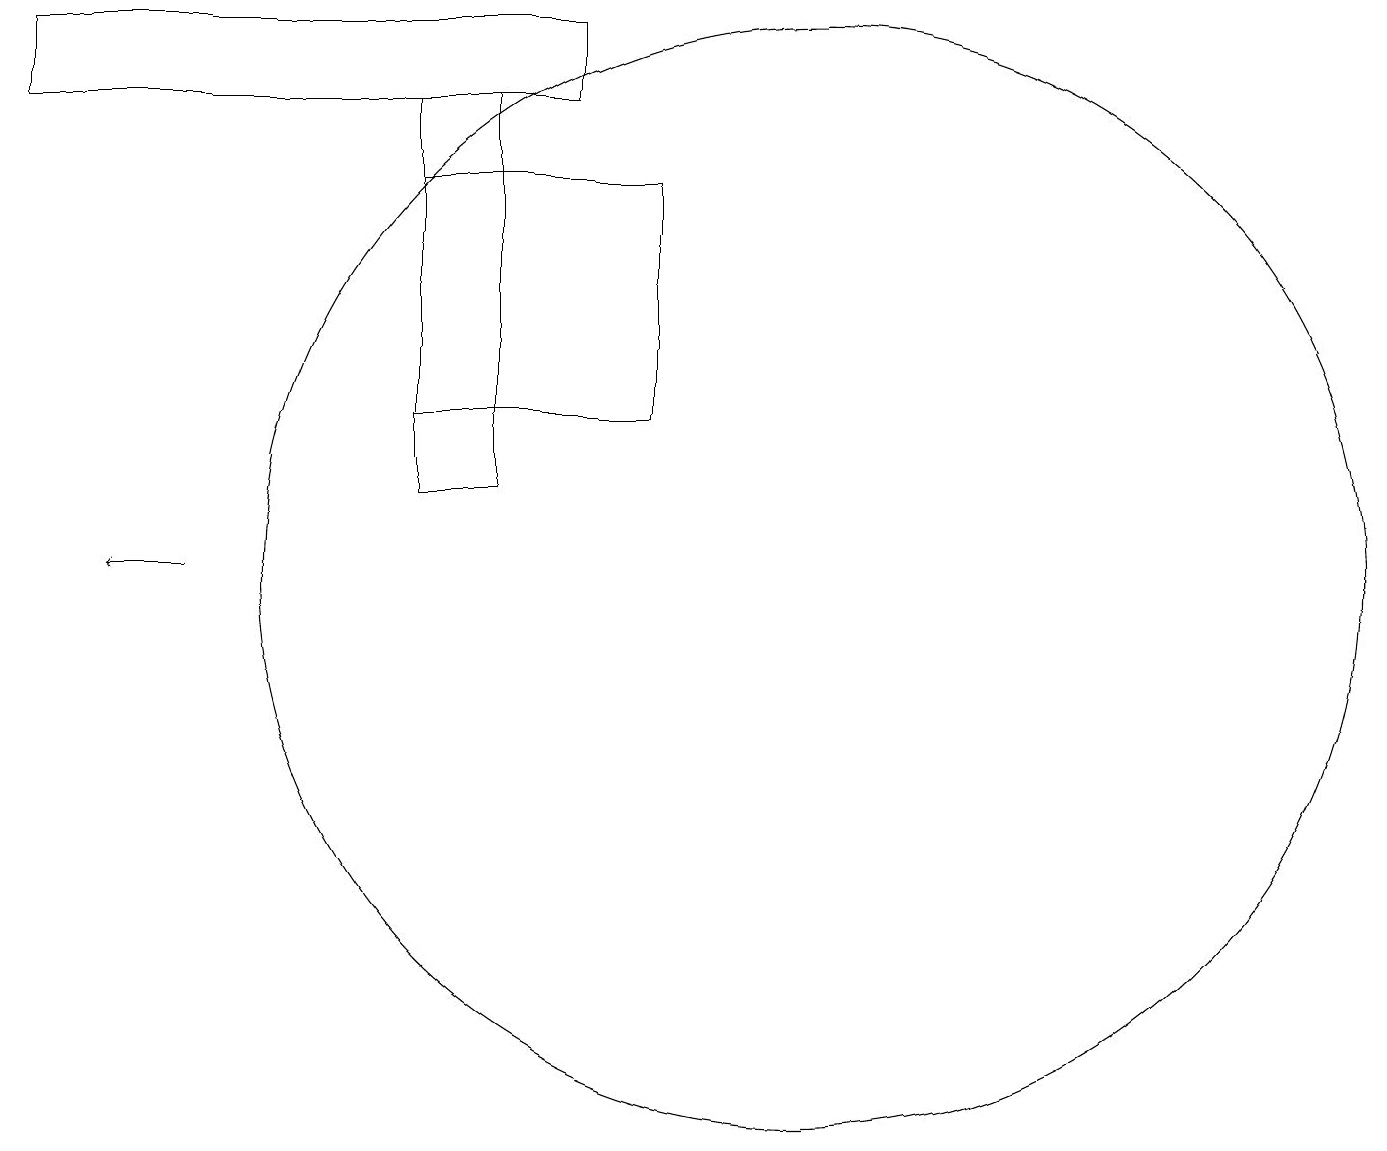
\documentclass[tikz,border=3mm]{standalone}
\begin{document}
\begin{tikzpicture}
\draw (9,14) rectangle (6,17);
\draw (8,18) rectangle (1,19);
\draw (11,12) circle (7);
\draw[->] (3,12) -- (2,12);
\draw (6,13) rectangle (7,18);
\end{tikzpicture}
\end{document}